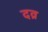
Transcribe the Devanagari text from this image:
दव्र